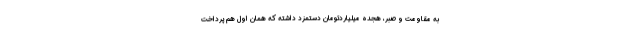
به مقاومت و صبر، هجده میلیاردتومان دستمزد داشته که همان اول هم پرداخت